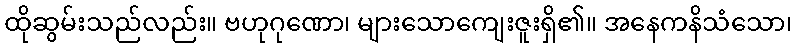
ထိုဆွမ်းသည်လည်း။ ဗဟုဂုဏော၊ များသောကျေးဇူးရှိ၏။ အနေကနိသံသော၊